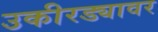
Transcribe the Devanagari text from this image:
उकीरड्यावर